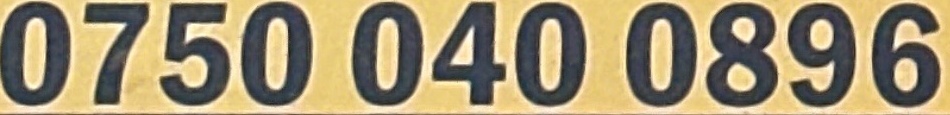
0750 040 0896